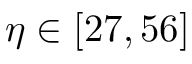
\eta \in [ 2 7 , 5 6 ]